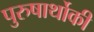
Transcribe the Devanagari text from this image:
पुरुषार्थोकी